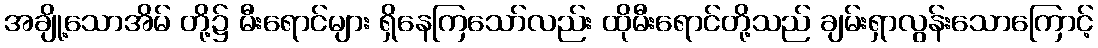
အချို့သောအိမ် တို့၌ မီးရောင်များ ရှိနေကြသော်လည်း ထိုမီးရောင်တို့သည် ချမ်းရှာလွန်းသောကြောင့်